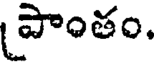
పాంతం.